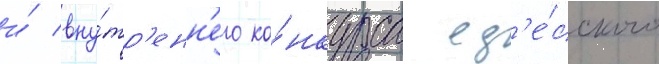
и́ вну́тр'енн'его ко́нкурса од'е́сского